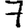
Digit: 7